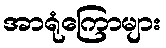
အာရုံကြောများ